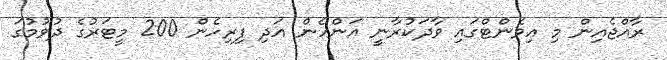
ރާއްޖެއިން މި އިވެންޓްގައި ވާދަކުރާނީ އަންހެން އަދި ފިރިހެން 200 މީޓަރުގެ ދުވުމުގަ